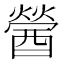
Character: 醟